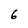
Character: 6